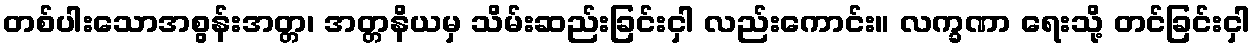
တစ်ပါးသောအစွန်းအတ္တ၊ အတ္တနိယမှ သိမ်းဆည်းခြင်းငှါ လည်းကောင်း။ လက္ခဏာ ရေးသို့ တင်ခြင်းငှါ